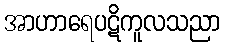
အာဟာရေပဋိကူလသညာ